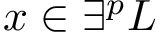
x \in \exists ^ { p } L